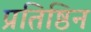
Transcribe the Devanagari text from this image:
प्रतिष्ठिन